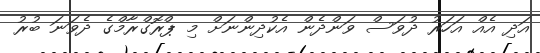
އަދި އެއް އަހަރު ދުވަސް ވަންދެން އެކުދިންނަށް މި ޕްރޮގްރާމްގެ ދެވަނަ ބުރު